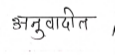
मजकूर: अनुवादीत